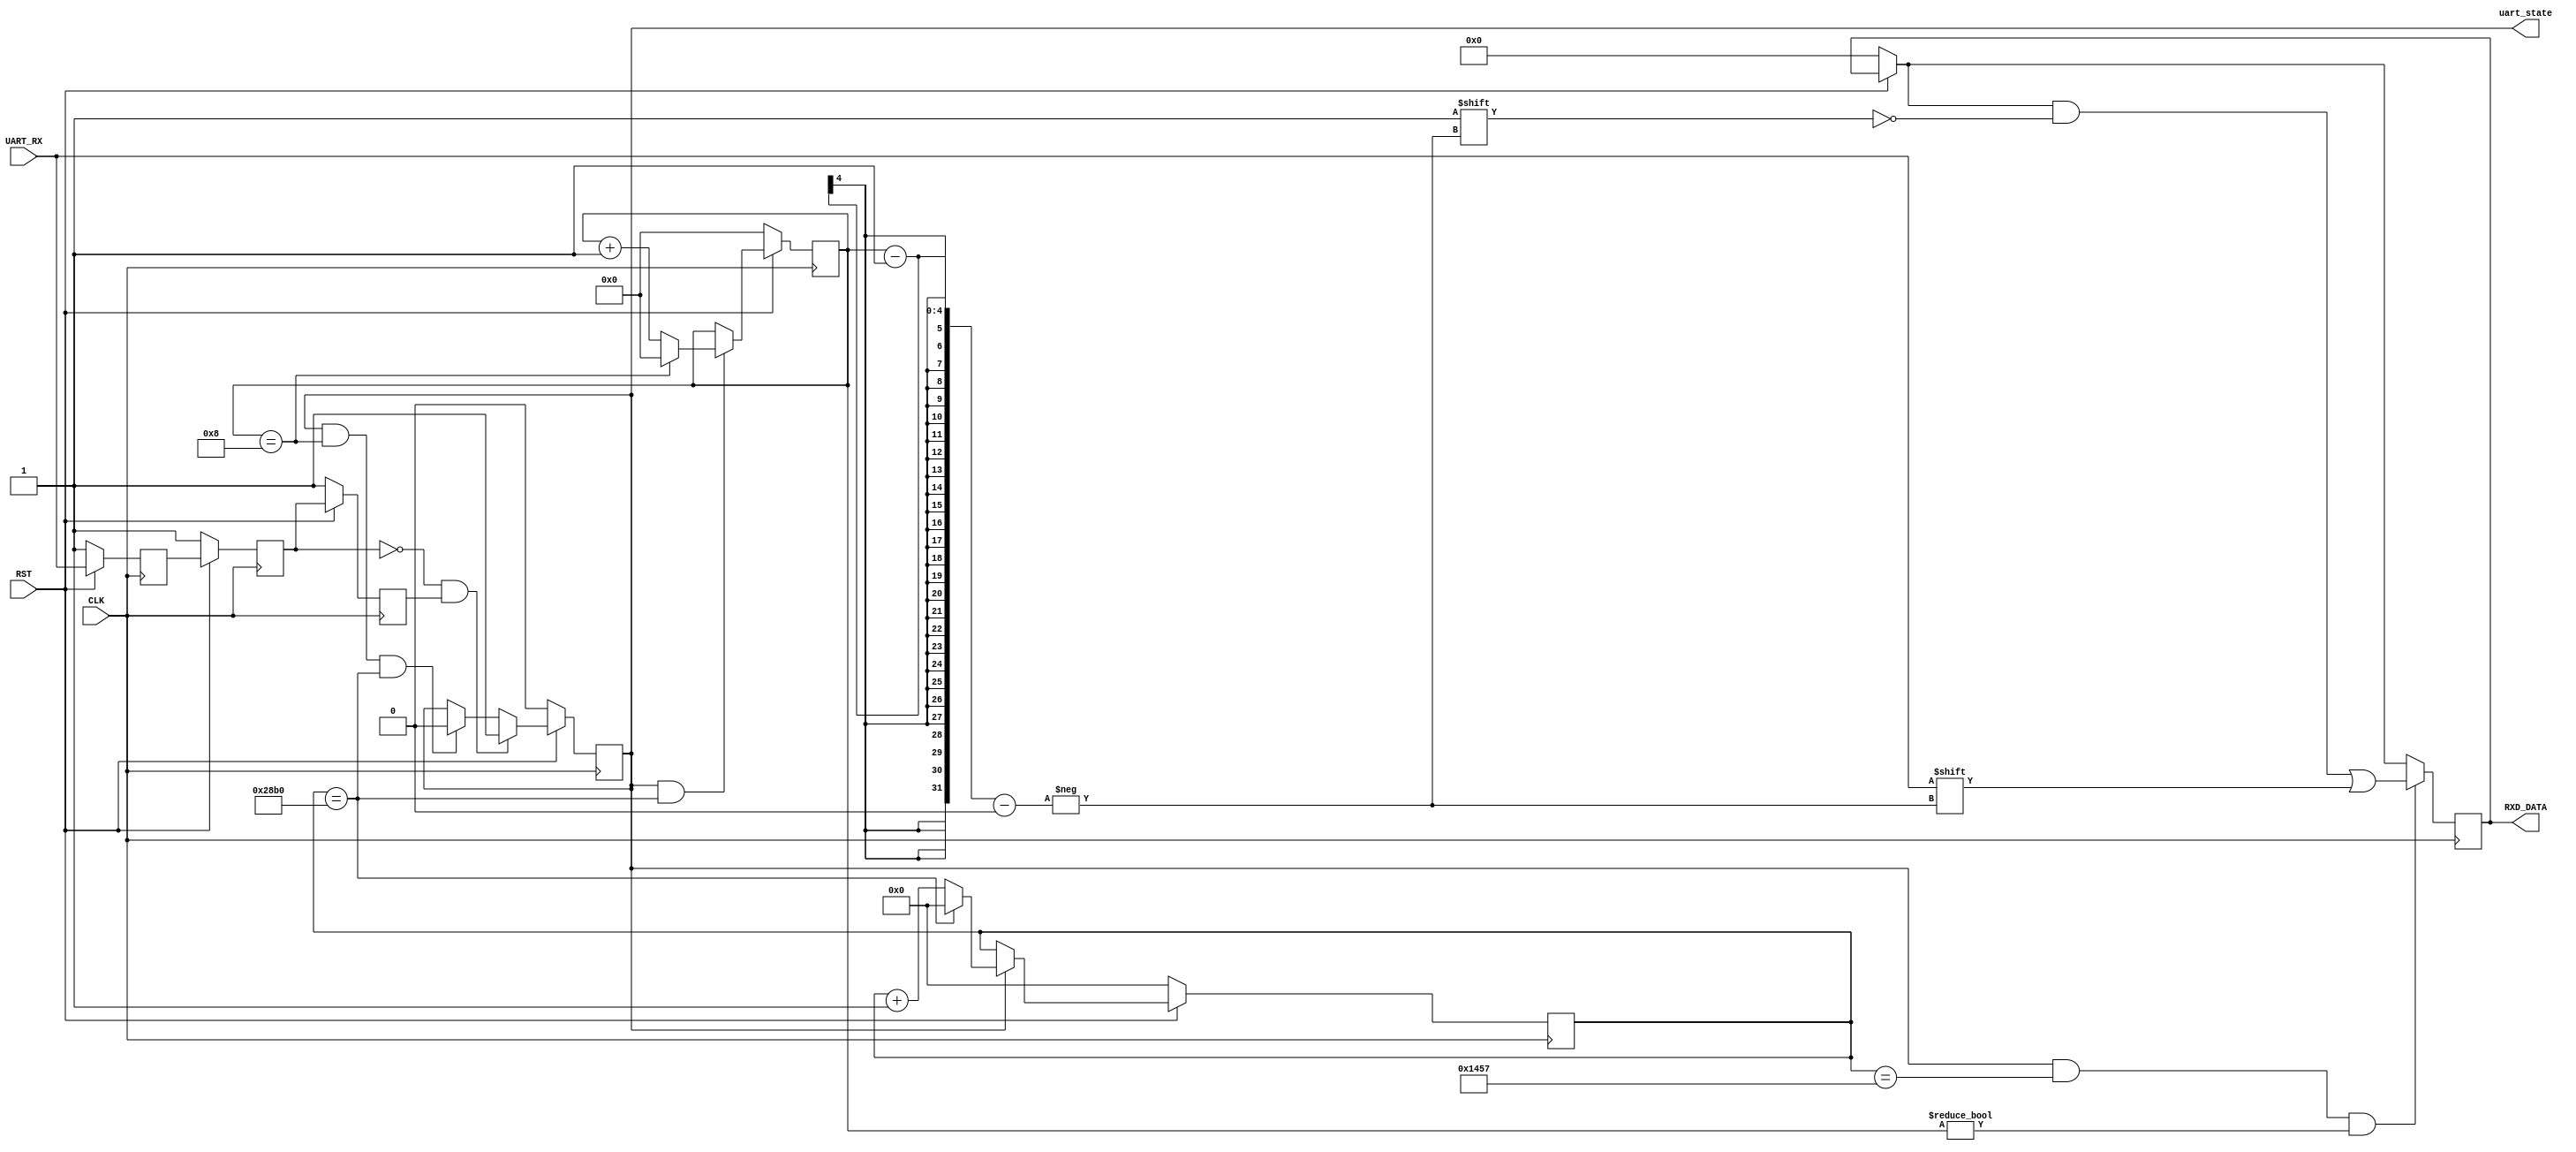
module uart_deal(
	input CLK,
	input RST,
	input UART_RX,
	output uart_state,
	output reg [7: 0] RXD_DATA
);
	parameter bps = 10417;
	reg UART_RX_sync, UART_RX_sync1, UART_RX_sync2;
	reg data_in_dly0, data_in_dly1, data_in_dly2;
	wire posedge_out;
	reg uart_state;
	reg [15: 0] cnt1;
	reg [3:0] cnt2;
	
	// asynchronous data in 
	always @ (posedge CLK) begin
		if(!RST) begin 
			data_in_dly0 <= 1'b1;
			data_in_dly1 <= 1'b1;
			data_in_dly2 <= 1'b1;
		end
		else begin 
			data_in_dly0 <= UART_RX;
			data_in_dly1 <= data_in_dly0;
			data_in_dly2 <= data_in_dly1;
		end
	end
	
	// detect posedge
	assign posedge_out = ~data_in_dly1 & data_in_dly2;
	
	// bps cycle count
	always @ (posedge CLK) begin 
		if(!RST) begin 
			cnt1 <= 0;
		end 
		else if(uart_state) begin 
			if(cnt1 == bps-1) begin 
				cnt1 <= 0;
			end
			else begin 
				cnt1 <= cnt1+1;
			end
		end
	end
	
	// receive data bits count
	always @ (posedge CLK) begin 
		if(!RST) begin 
			cnt2 <= 0;
		end
		else if(uart_state && cnt1==bps-1) begin
			if(cnt2 == 8) begin 
				cnt2 <= 0;
			end
			else begin 
				cnt2 <= cnt2+1;
			end
		end
	end
	
	// uart_state sign generate
	always @ (posedge CLK) begin 
		if(!RST) begin 
			uart_state <= 0;
		end
		else if(posedge_out) begin 
			uart_state <= 1;
		end
		else if(uart_state && cnt2==8 && cnt1==bps-1) begin
			uart_state <= 0;
		end
	end
	
	// data in 
	always @ (posedge CLK) begin 
		if(!RST) begin 
			RXD_DATA <= 0;
		end
		if(uart_state && cnt1==bps/2-1 && cnt2!=0) begin
			RXD_DATA[cnt2-1] <= UART_RX;
		end
	end
	
endmodule